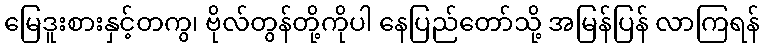
မြေဒူးစားနှင့်တကွ၊ ဗိုလ်တွန်တို့ကိုပါ နေပြည်တော်သို့ အမြန်ပြန် လာကြရန်